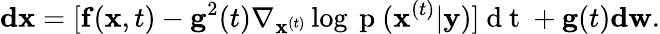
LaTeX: \mathbf{dx}=[\mathbf{f}(\mathbf{x},t)-\mathbf{g}^{2}(t)\nabla_{\mathbf{x}^{(t)}}\log{\mathrm{~p~}(\mathbf{x}^{(t)}|\mathbf{y})}]\mathrm{~d~t~}+\mathbf{g}(t)\mathbf{dw}.